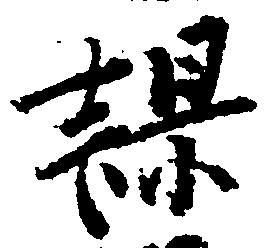
課